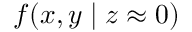
f ( x , y \mid z \approx 0 )